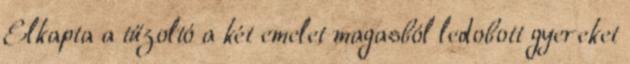
Elkapta a tűzoltó a két emelet magasból ledobott gyereket